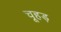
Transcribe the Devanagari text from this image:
चूहड़